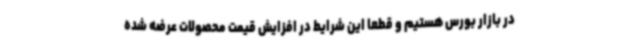
در بازار بورس هستیم و قطعا این شرایط در افزایش قیمت محصولات عرضه شده